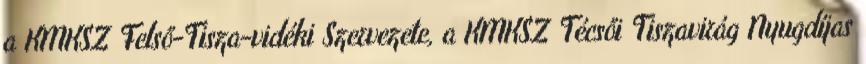
a KMKSZ Felső-Tisza-vidéki Szervezete, a KMKSZ Técsői Tiszavirág Nyugdíjas